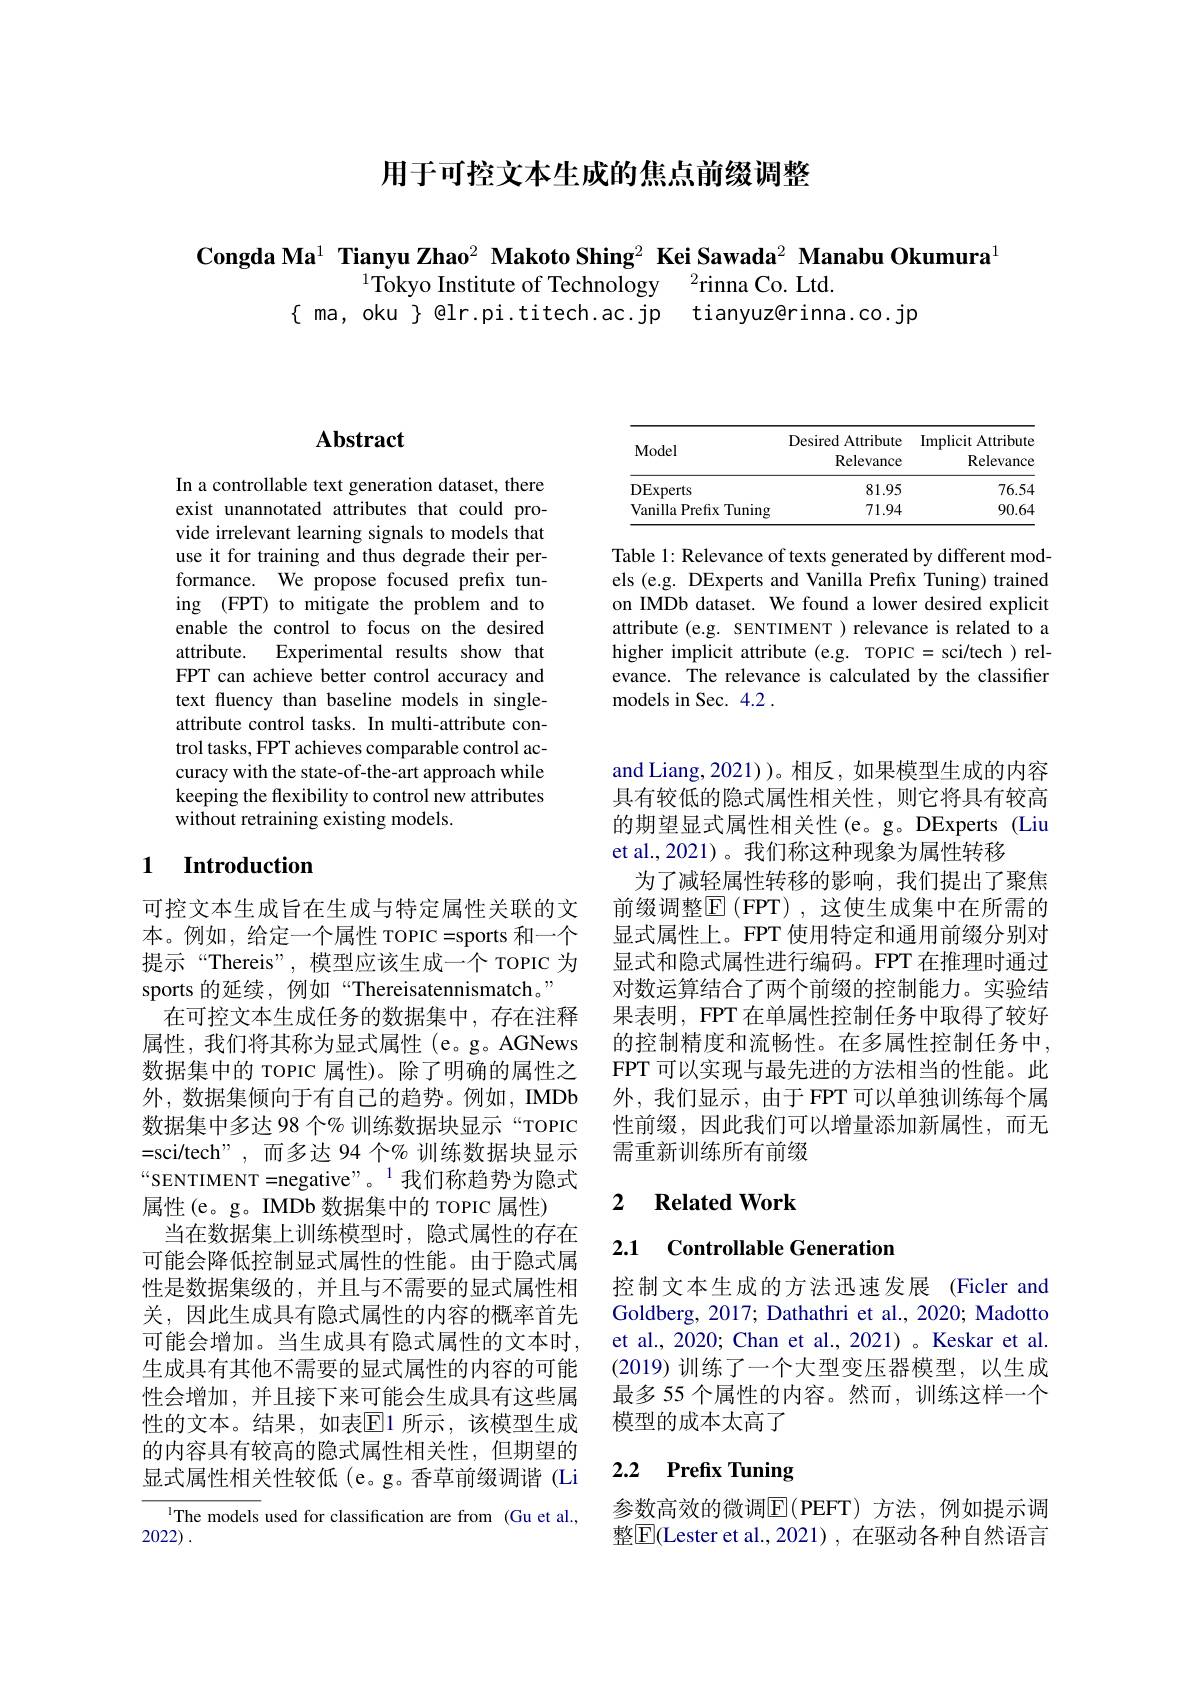
用于可控文本生成的焦点前缀调整

Congda Ma$^{1}$ Tianyu Zhao$^{2}$ Makoto Shing$^{2}$ Kei Sawada$^{2}$ Manabu Okumura$^{1}$

$^{1}$Tokyo Institute of Technology$^2$rinna Co. Ltd.

$\{$ ma, oku $\}$ @lr.pi.titech.ac.jp tianyuz@rinna.co.jp

## $\mathbf{Abstract}$

In a controllable text generation dataset, there exist unannotated attributes that could provide irrelevant learning signals to models that use it for training and thus degrade their performance. We propose focused prefix tuning (FPT) to mitigate the problem and to enable the control to focus on the desired attribute. Experimental results show that FPT can achieve better control accuracy and text fluency than baseline models in singleattribute control tasks. In multi-attribute control tasks, FPT achieves comparable control accuracy with the state-of-the-art approach while keeping the flexibility to control new attributes without retraining existing models.

## 1 Introduction

可控文本生成旨在生成与特定属性关联的文本。例如，给定一个属性 TOPIC=sports 和一个提示“Thereis”,模型应该生成一个 TOPIC 为sports 的延续，例如“Thereisatennismatch。”
在可控文本生成任务的数据集中，存在注释属性，我们将其称为显式属性(e。g。AGNews 数据集中的 TOPIC 属性)。除了明确的属性之外，数据集倾向于有自己的趋势。例如，IMDb 数据集中多达 98 个% 训练数据块显示“TOPIC =sci/tech",而多达 94 个% 训练数据块显示$“$SENTIMENT=negative”。$^{\prime1}$我们称趋势为隐式属性(e。g。IMDb 数据集中的 TOPIC 属性)
当在数据集上训练模型时，隐式属性的存在可能会降低控制显式属性的性能。由于隐式属性是数据集级的，并且与不需要的显式属性相关，因此生成具有隐式属性的内容的概率首先可能会增加。当生成具有隐式属性的文本时， 生成具有其他不需要的显式属性的内容的可能性会增加，并且接下来可能会生成具有这些属性的文本。结果，如表$\mathbb{E}$1 所示，该模型生成的内容具有较高的隐式属性相关性，但期望的显式属性相关性较低(e。g。香草前缀调谐 (Li
$^{1}$The models used for classification are from (Gu et al.,

2022) .

<table>
	<tbody>
		<tr>
			<th>Model</th>
			<th>Desired Attribute Relevance</th>
			<th>Implicit Attribute Relevance</th>
		</tr>
		<tr>
			<td>DExperts</td>
			<td>81.95</td>
			<td>76.54</td>
		</tr>
		<tr>
			<td>Vanilla Prefix ${\mathrm{x~Tuning}}$</td>
			<td>71.94</td>
			<td>90.64</td>
		</tr>
	</tbody>
</table>

Table 1: Relevance of texts generated by different models (e.g. DExperts and Vanilla Prefix Tuning) trained on IMDb dataset. We found a lower desired explicit attribute (e.g. SENTIMENT ) relevance is related to a higher implicit attribute (e.g. TOPIC= sci/tech ) relevance. The relevance is calculated by the classifier models in Sec. 4.2 .

and Liang, 2021))。相反，如果模型生成的内容具有较低的隐式属性相关性，则它将具有较高的期望显式属性相关性(e。g。DExperts (Liu et al.,2021)。我们称这种现象为属性转移
为了减轻属性转移的影响，我们提出了聚焦前缀调整$\mathbb{E}($FPT),这使生成集中在所需的显式属性上。FPT 使用特定和通用前缀分别对显式和隐式属性进行编码。FPT 在推理时通过对数运算结合了两个前缀的控制能力。实验结果表明，FPT 在单属性控制任务中取得了较好的控制精度和流畅性。在多属性控制任务中， FPT 可以实现与最先进的方法相当的性能。此外，我们显示，由于 FPT 可以单独训练每个属性前缀，因此我们可以增量添加新属性，而无需重新训练所有前缀

### 2 $\textbf{Related Work}$

2.1 Controllable Generatior

控制文本生成的方法迅速发展 (Ficler and Goldberg, 2017; Dathathri et al., 2020; Madotto et al., 2020; Chan et al., 2021) 。Keskar et al. (2019)训练了一个大型变压器模型，以生成最多 55 个属性的内容。然而，训练这样一个模型的成本太高了

### 2.2 $\textbf{Prefix Tuning}$

参数高效的微调$\operatorname{E}($PEFT)方法，例如提示调整$\boxed{\mathrm{F}}$(Lester et al.,2021),在驱动各种自然语言